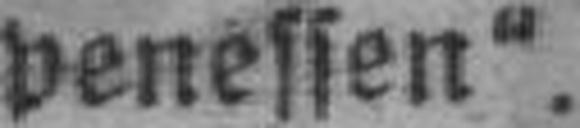
penessen“.